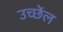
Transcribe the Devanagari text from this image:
उच्छेंल